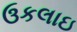
ઉકલાઇ